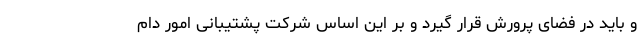
و باید در فضای پرورش قرار گیرد و بر این اساس شرکت پشتیبانی امور دام